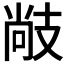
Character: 𢻒